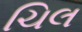
ચિલ